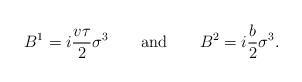
LaTeX: \begin{align*}B^1=i{ v \tau\over 2} \sigma^3 \qquad {\rm and} \qquad B^ 2 =i{b \over 2} \sigma^3 .\end{align*}